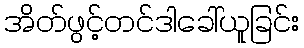
အိတ်ဖွင့်တင်ဒါခေါ်ယူခြင်း